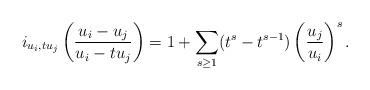
LaTeX: \begin{align*}i_{u_i, tu_j}\left(\frac{u_i-u_j}{u_i-tu_j}\right)=1+\sum_{s\ge 1}(t^s- t^{s-1})\left(\frac{u_j}{u_i}\right)^s.\end{align*}